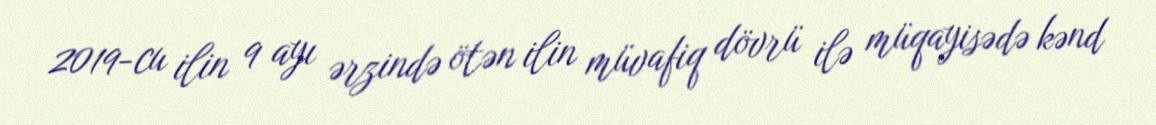
2019-cu ilin 9 ayı ərzində ötən ilin müvafiq dövrü ilə müqayisədə kənd